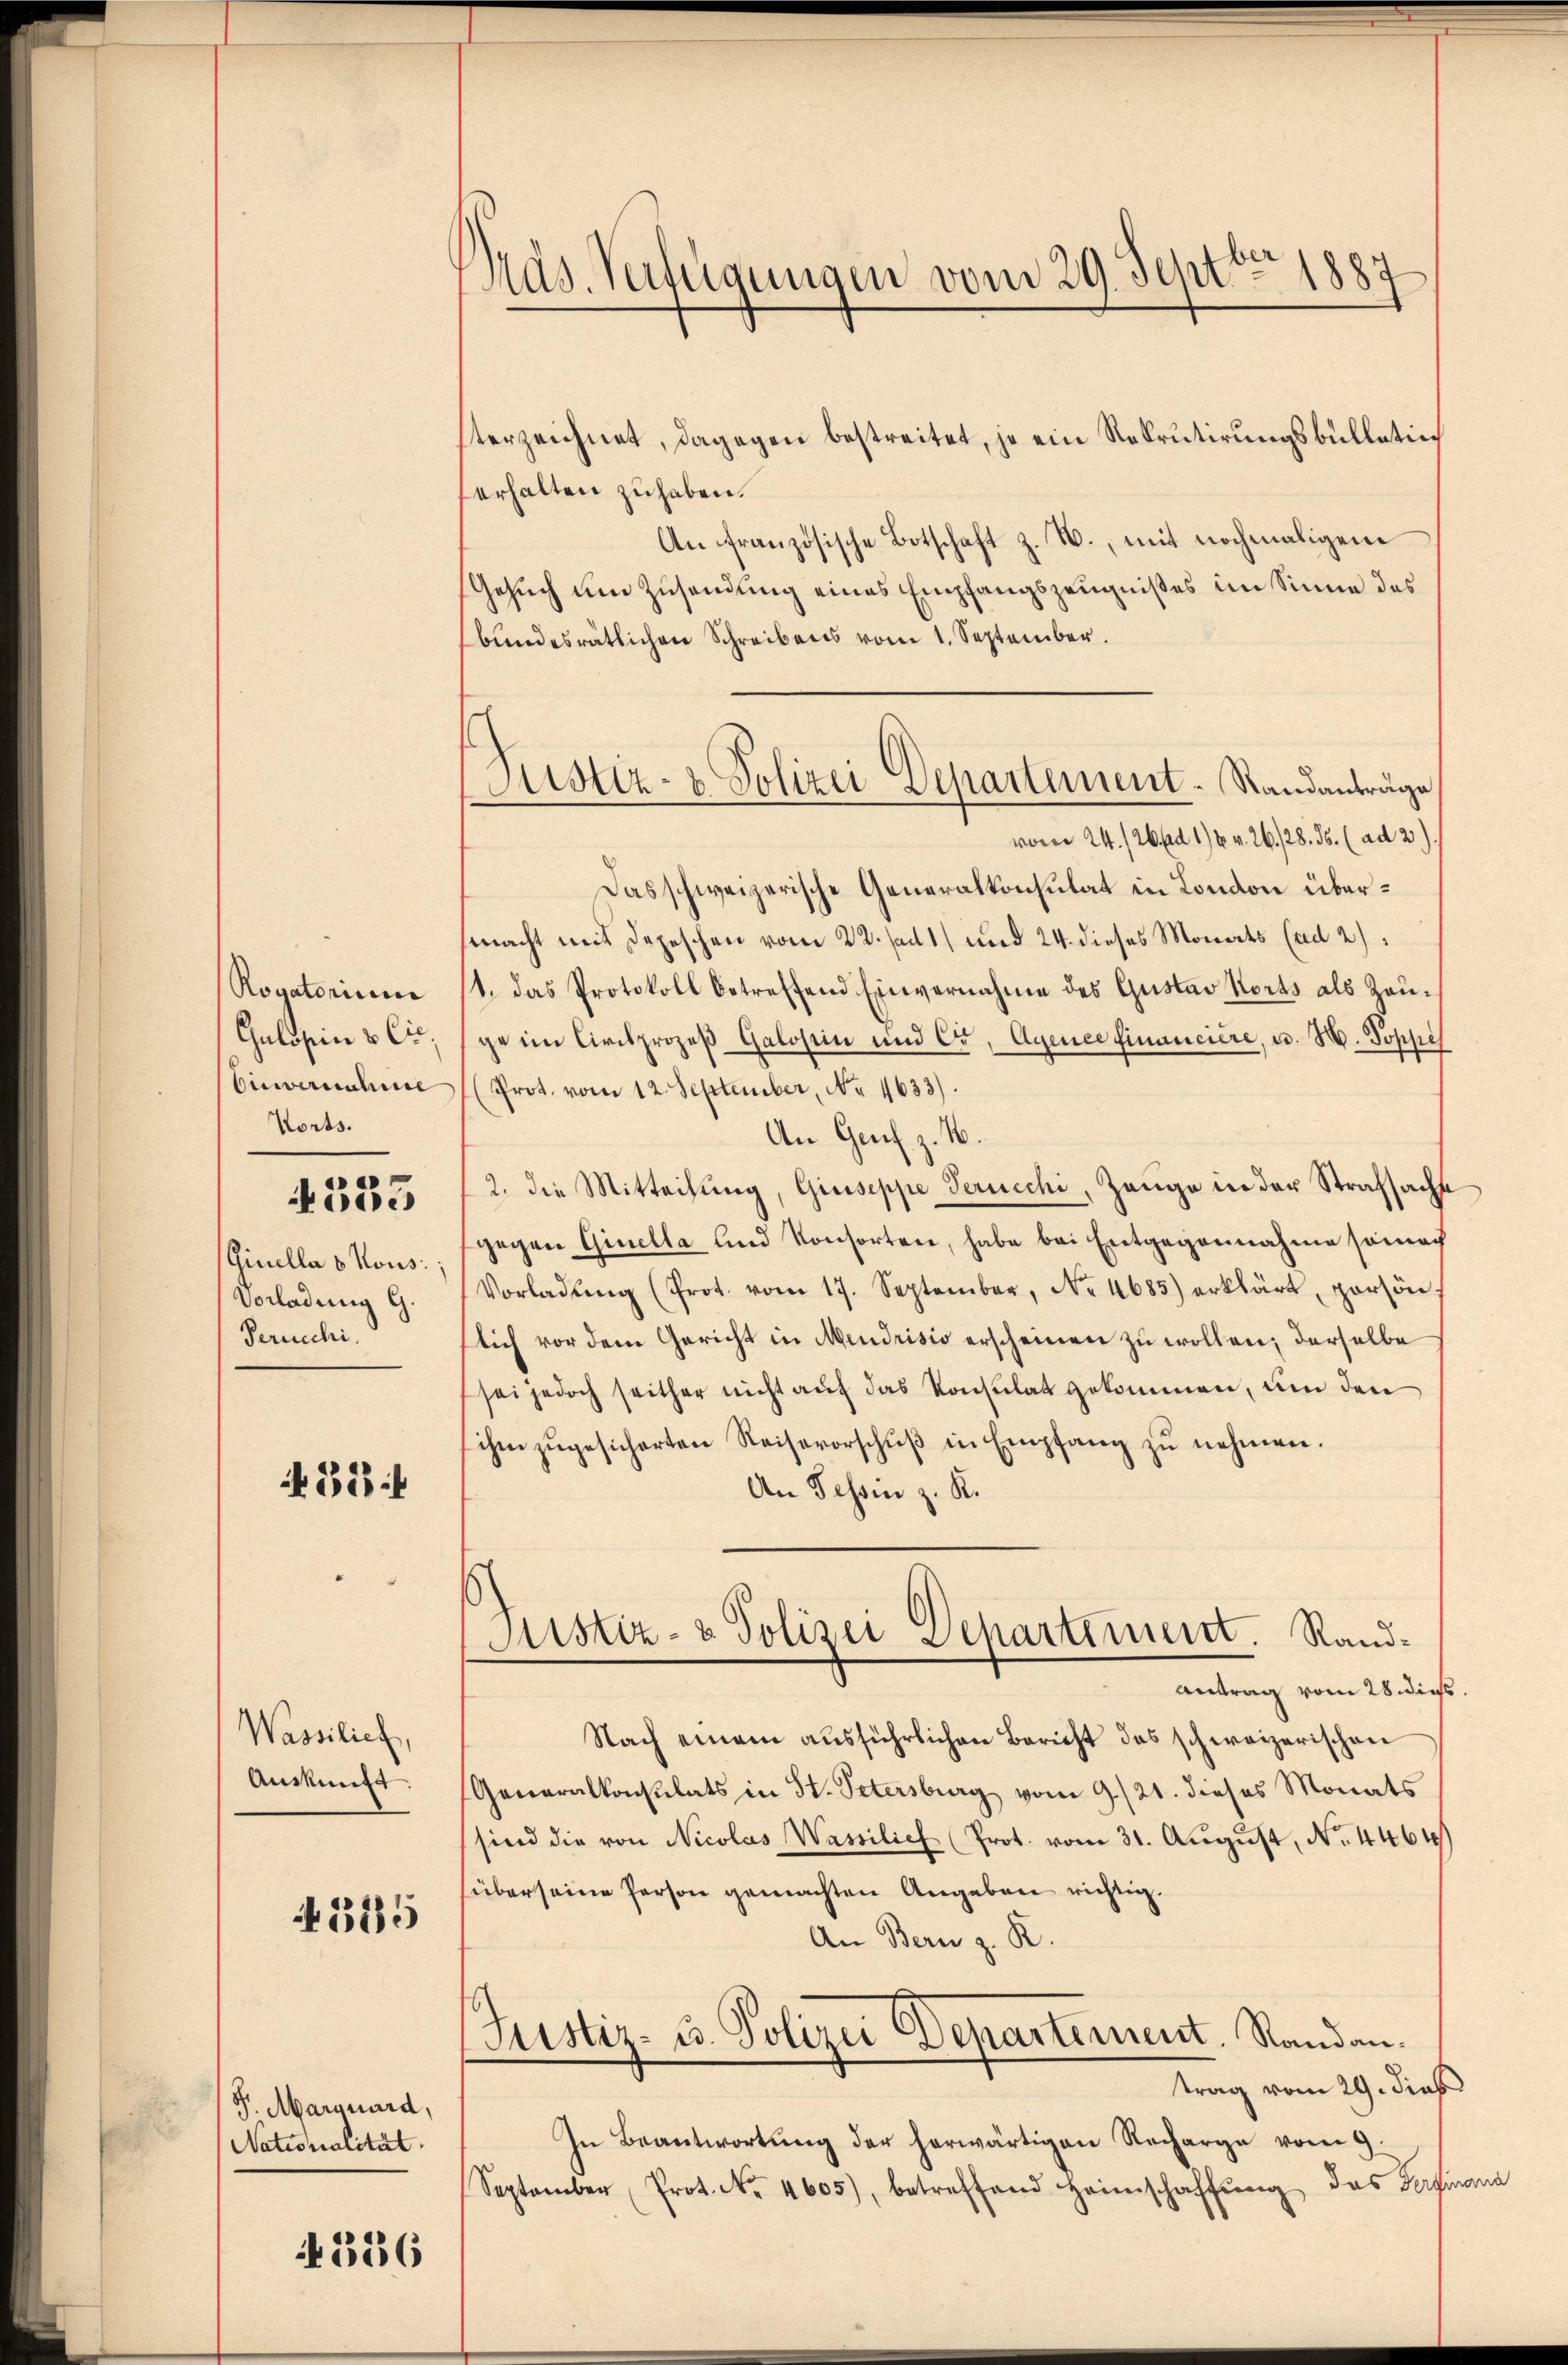
Rovatorium
Gulosen & Cie,
Einvernahme
Worts.

4333

(Ginella 8 Nous:
Vorladung G.
Peruechi.

31 f

Wassilich,
Auskunft.

4545

F. Marcuard,
Nationialität.

4386

Pras. Verfügungen vom 29. Sept. 1887

terzeichnet, dagegen bestreitet, je ein Rekrutirungsbullation
erhalten zu haben.
An französische Botschaft z. B., mit nochmaligen
Gesuch um Zusendung eines Empfangszeugnißes im Sinne des
bŭndesrätlichen Schreibens vom 1. September.
vom 24. /26. ad 16 v. 26. 28. ds. (ad 2)
Das schweizerische Generalkonsulat in London übermacht mit Depeschen vom 22. ad 1) und 24. dieses Monats (ad 2):
11. das Protokoll betreffend Einvernahme des Gustav Korts als Zauge im Civilprozeß Galosein und Cr, Agence financiere, u. M. Poppel
Prot. vom 12. September, No. 1633).
An Genf z. B.
2. die Mitteilung, Giuseppe Perucchi, Zeuge in der Strafsacht
gegen Ginella und Konsorten, habe bei Entgegennahme seinach
Vorladŭng (Prot. vom 17. September, No. 4685) erklärt, persön
flich vor dem Gericht in Mendrisis erscheinen zu wollen; derselbe
sei jedoch seither nicht auf das Konsulat gekommen, um den
ihm zŭgesicherten Reisevorschŭβ in Empfang zŭ nehmen.
An Tessin z. R.
Justiz- & Polizei Departement. Rand¬
Antrag vom 28. dies
Nach einem ausführlichen Bericht das schweizerischen
Generalkonsulats in St. Petersburg vom 9./21. dieses Monats
sind die von Nicolas Wassilich (Prot. vom 31. Aŭgŭst No. 4461)
über seine Person gemachten Angaben richtig.
An Bern z. R.
Justiz- u. Polizei Departement. Randantrag vom 29. dies
In Beantwortung der herwärtigen Recharge vom 9.
September Prot. No. 4605), betreffend Heimschaffŭng das Tagman

Sistiz- & Polizei Departement-Standanträge